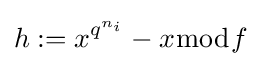
h:=x^{q^{n_{i}}}-x{\bmod {f}}